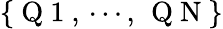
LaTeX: \{ \mathrm{~Q~1~},\, \cdots,\, \mathrm{~Q~N~}\}